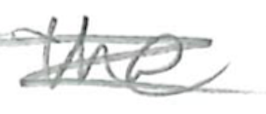
Text: the
Cross-out: scratch
Writing tool: pencil